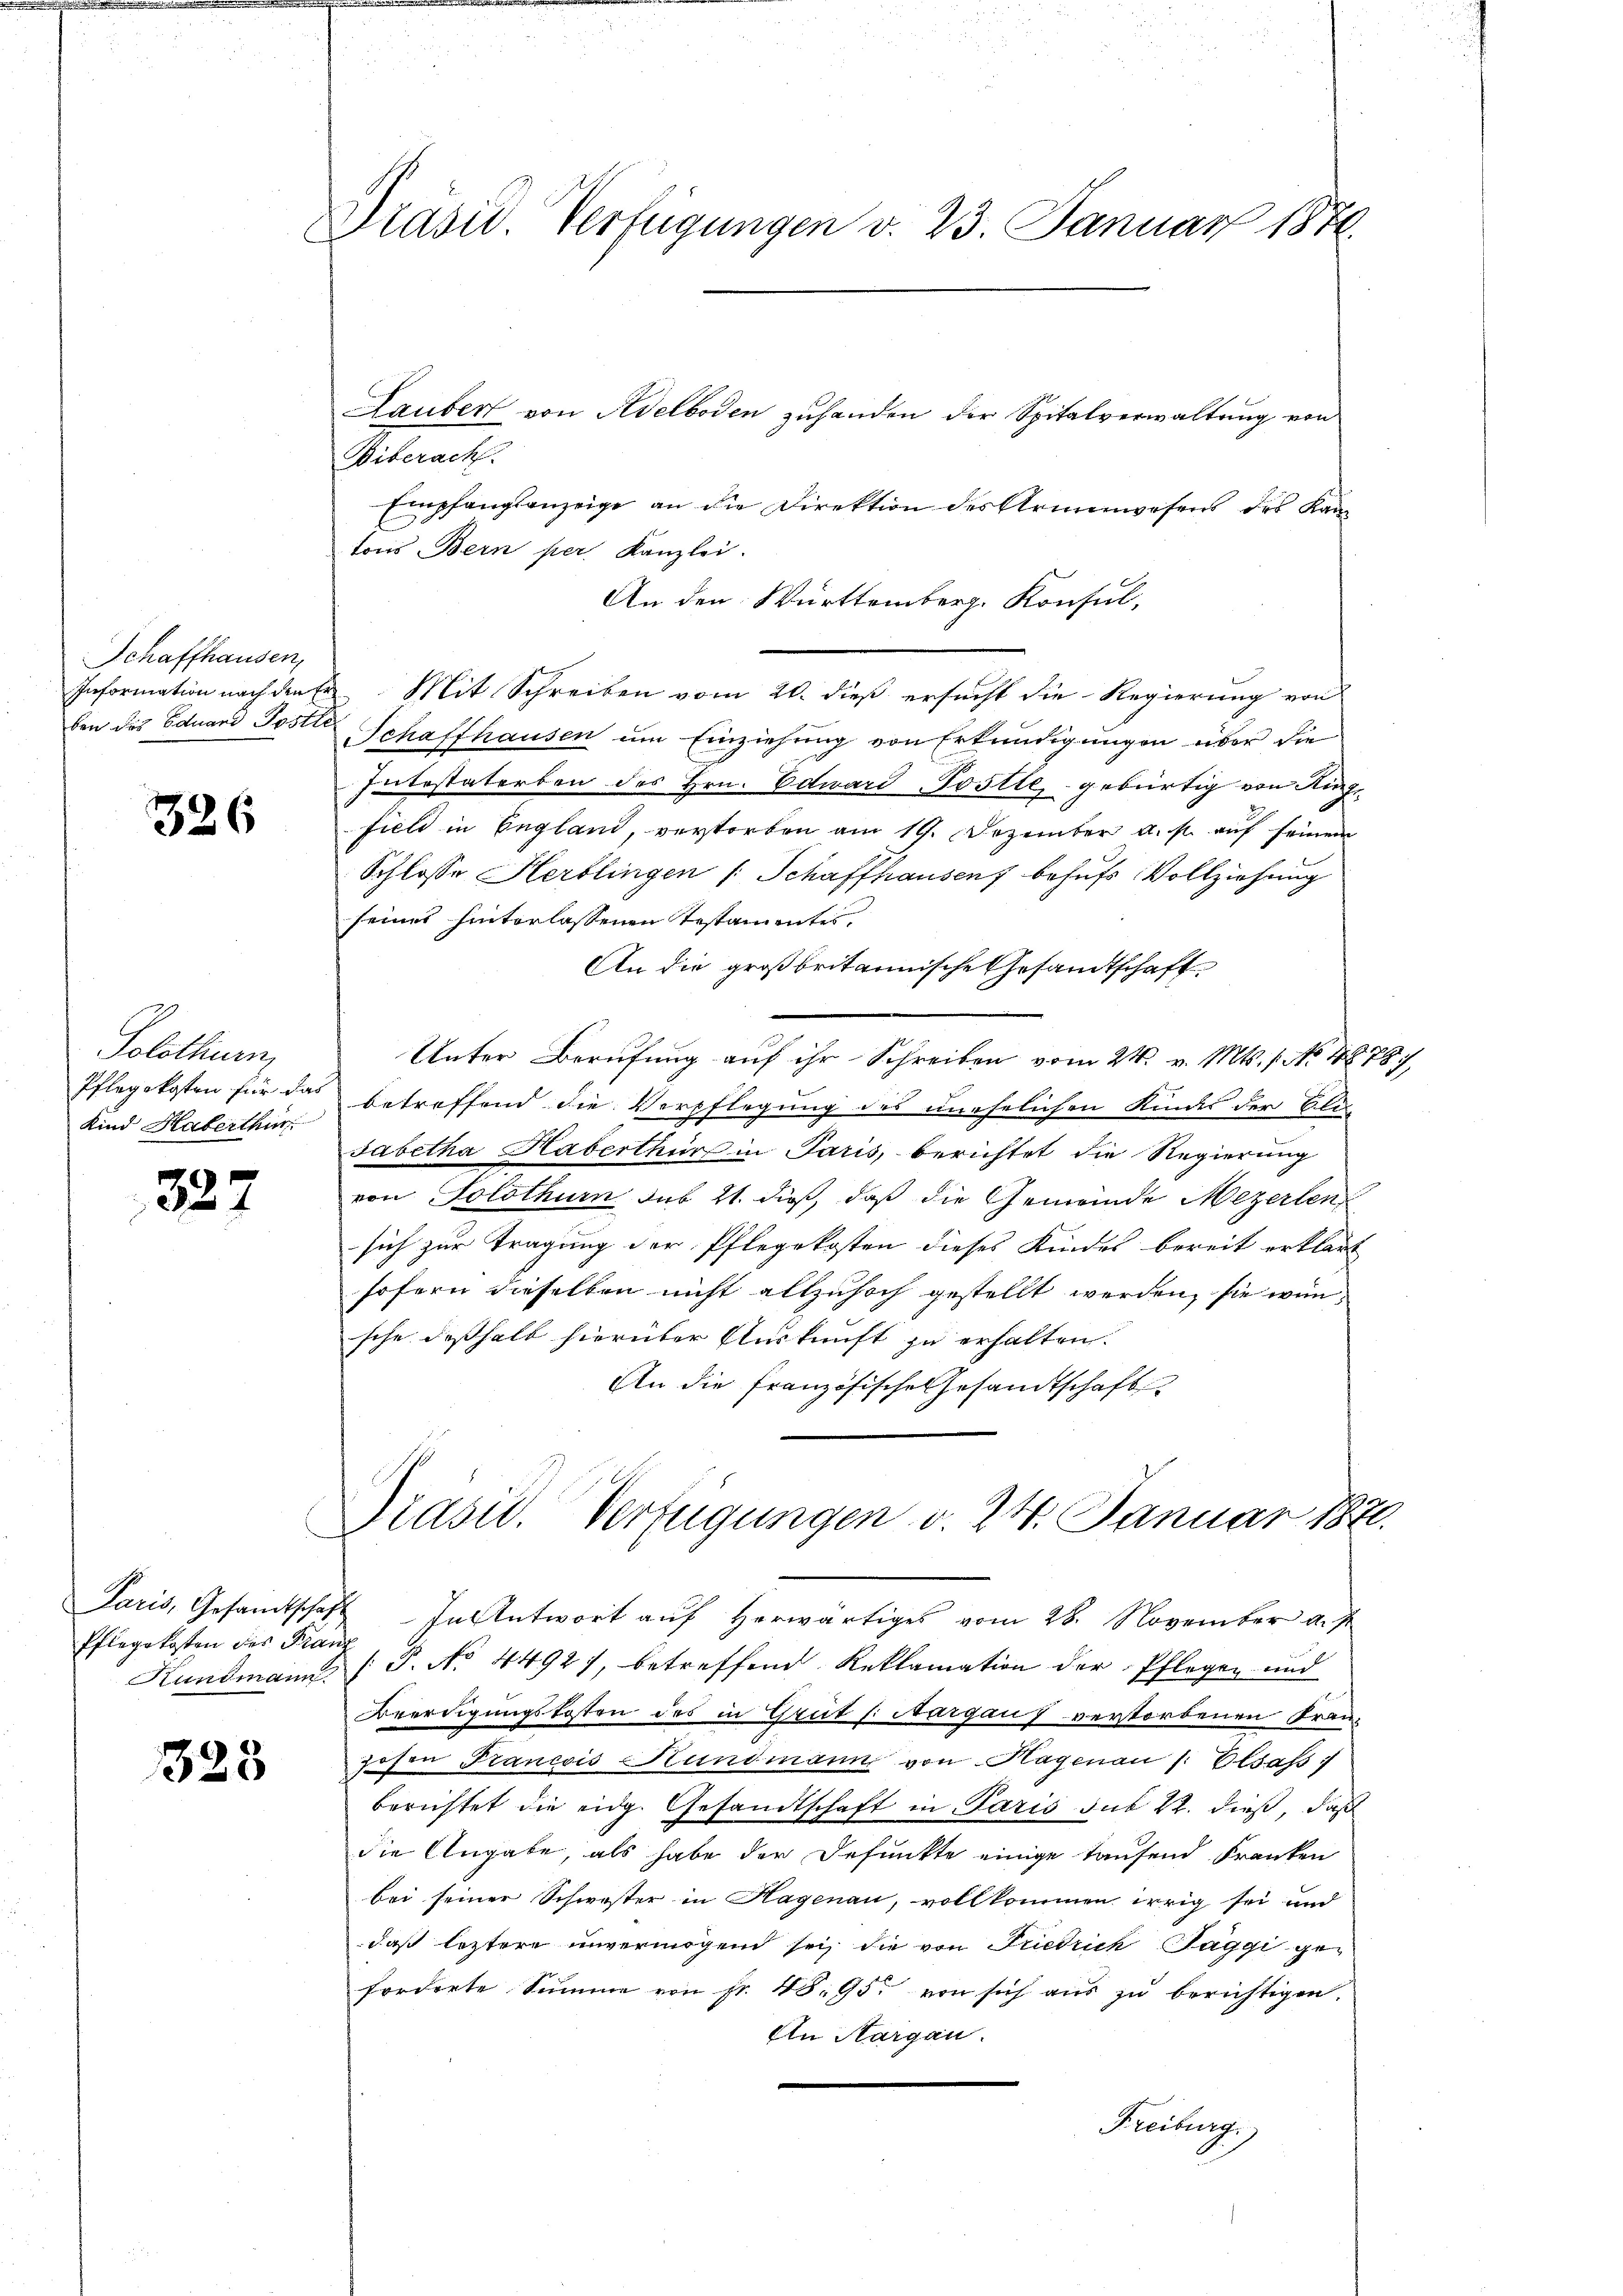
Schaffhausen,
Information nach den Er
ben des Eduard Postle

326

Solothurn
Pflegekosten für das
Kind Haberthur

322

Paris, Gesandtschaf
Pflegekosten des Fran
Kundmann.

323

Drasid Verfügungen v. 23. Januar 1874.

Laubert von Adelboden zuhanden der Spitalverwaltung von
Vilments
Empfangsanzeige an die Direktion des Armenwesens des Kan
tons Bern per Kanzlei.
An den Württemberg. Konsul,
e
Mit Schreiben vom 20. dieß ersucht die Regierung von
Schaffhausen um Einziehung von Erkundigungen über die
Intestaterben des Hrn. Edward Postte, gebürtig von Ringfiele in England, verstorben am 19. Dezember a. s. auf seinem
Schlosse Herblingen (Schaffhausen behufs Vollziehung
seines hinterlassenen Testamentes,
An die großbritannische Gesandtschaft
Unter Berufung auf ihr Schreiben vom 21. v. Mts. 1. No. 48787,
betreffend die Verpflegung des unehelichen Kindes der Bli
sabetha Haberthur in Paris, berichtet die Regierung
von Solothurn sub 21. dieß, daß die Gemeinde Mezerlen
sich zur Tragung der Pflegekosten dieses Kindel bereit erklärt
sofern dieselben nicht allzuhoch gestellt werden, sie wünsche deßhalb hierüber Auskunft zu erhalten.
An die Französische Gesandtschaft
Präsid. Verfügungen d. 24. Januar 1840.
In Antwort auf herwärtiges vom 28. November d. J.
[P. No. 4492), betreffend Reklamation der Pflegen und
Beerdigungskosten des in Grüt /: Margaus verstorbenen Franzosen Francois Hundmann von Hagenau /: Elsass
berichtet die eidg. Gesandtschaft in Paris sub 22. dieß, daß
die Angabe, als habe der Defunkte einige Taufend Franken
bei seiner Schwester in Hagenau, vollkommen irrig sei und
daß leztere unvermögen sei, die von Friedrich Paggi geforderte Summe von Fr. 48. 95. von sich aus zu berichtigen.
An Aargau.
Freiburg.